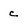
Character: c